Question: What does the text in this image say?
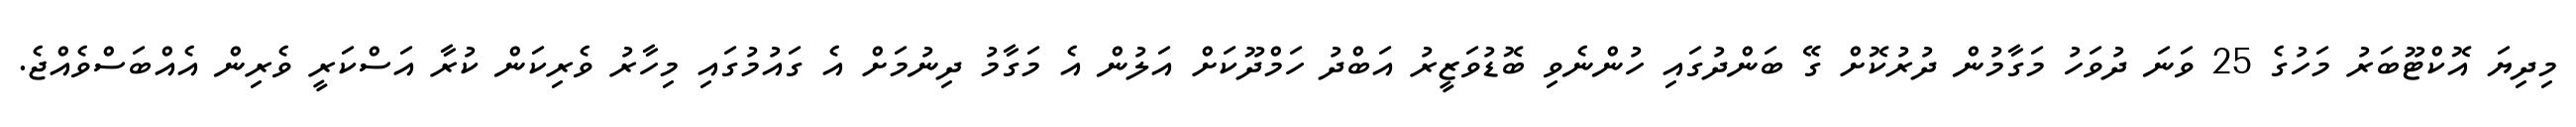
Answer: މިދިޔަ އޮކްޓޫބަރު މަހުގެ 25 ވަނަ ދުވަހު މަގާމުން ދުރުކޮށް ގޭ ބަންދުގައި ހުންނެވި ބޮޑުވަޒީރު އަބްދު ހަމްދޫކަށް އަލުން އެ މަގާމު ދިނުމަށް އެ ގައުމުގައި މިހާރު ވެރިކަން ކުރާ އަސްކަރީ ވެރިން އެއްބަސްވެއްޖެ.